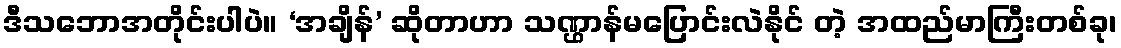
ဒီသဘောအတိုင်းပါပဲ။ ‘အချိန်’ ဆိုတာဟာ သဏ္ဌာန်မပြောင်းလဲနိုင် တဲ့ အထည်မာကြီးတစ်ခု၊